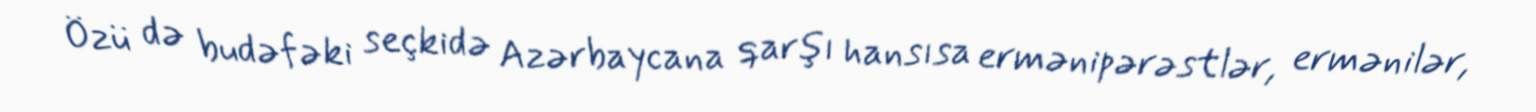
Özü də budəfəki seçkidə Azərbaycana qarşı hansısa ermənipərəstlər, ermənilər,